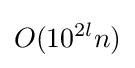
O(10^{2l}n)